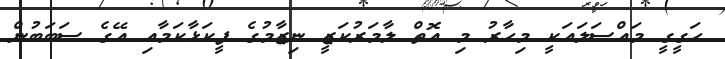
ހަގީގީ މައްސަލައަކީ މިހާރު މި އޮތް ލާމަރުކަޒީ ނިޒާމުގެ ފީކަޅާކަމާއި އޭގެ ސަބަބުން